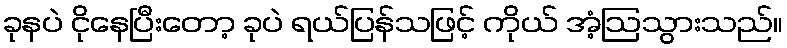
ခုနပဲ ငိုနေပြီးတော့ ခုပဲ ရယ်ပြန်သဖြင့် ကိုယ် အံ့ဩသွားသည်။